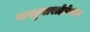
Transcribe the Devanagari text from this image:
वास्कुलराईज़ेशन